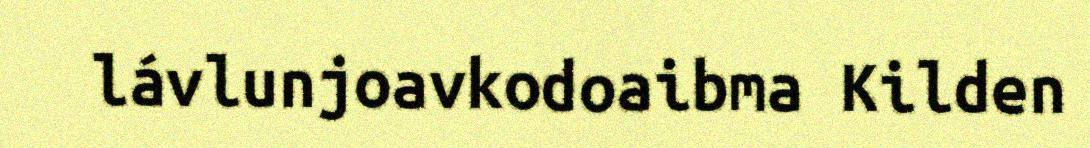
lávlunjoavkodoaibma Kilden